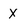
Character: x